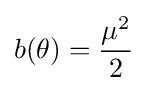
b(\theta )={\frac {\mu ^{2}}{2}}